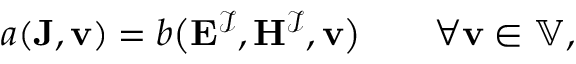
\begin{array} { r } { a ( \mathbf { J } , \mathbf { v } ) { } = { } b \big ( \mathbf { E } ^ { \mathcal { I } } , \mathbf { H } ^ { \mathcal { I } } , \mathbf { v } \big ) \qquad \forall \mathbf { v } \in \mathbb { V } , } \end{array}